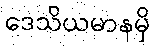
ဒေသိယမာနမှိ